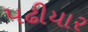
પઢીયાર